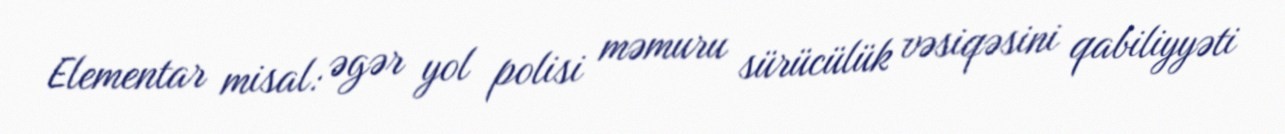
Elementar misal: əgər yol polisi məmuru sürücülük vəsiqəsini qabiliyyəti